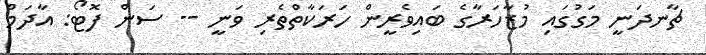
ޗާނދަނީ މަގުގައި މުޒާހަރާގެ ބައިވެރީން ހަރަކާތްތެރި ވަނީ -- ސަން ފޮޓޯ: އާދަމް